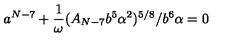
a ^ { N - 7 } + \frac { 1 } { \omega } ( A _ { N - 7 } b ^ { 5 } \alpha ^ { 2 } ) ^ { 5 / 8 } / b ^ { 6 } \alpha = 0